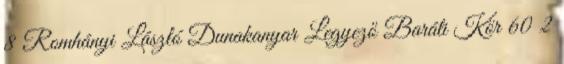
8 Romhányi László Dunakanyar Legyező Baráti Kör 60 2